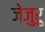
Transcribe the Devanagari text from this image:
जेजुरु